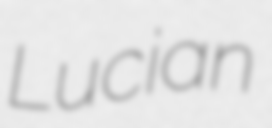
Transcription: Lucian